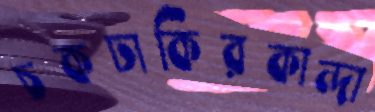
চকঢাকিরকান্দা